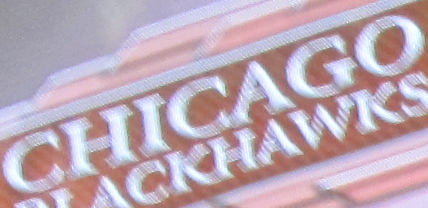
CHICAGO